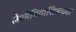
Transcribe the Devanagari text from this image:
लेश्मॅनियासिसच्या